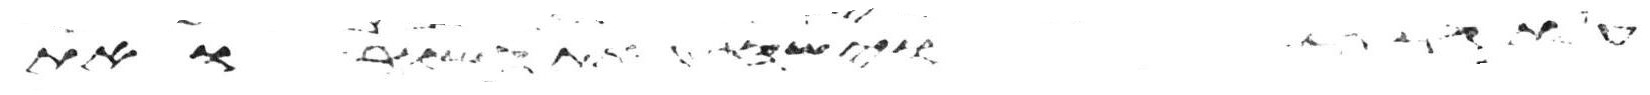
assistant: את משה ואת הבשר ואת